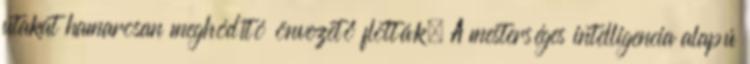
utakat hamarosan meghódító önvezető flották. A mesterséges intelligencia alapú